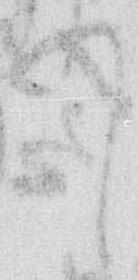
て